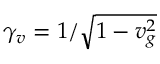
\gamma _ { v } = 1 / \sqrt { 1 - v _ { g } ^ { 2 } }